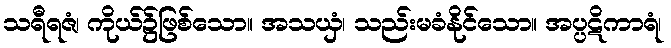
သရီရဇံ၊ ကိုယ်၌ဖြစ်သော။ အသယှံ၊ သည်းမခံနိုင်သော။ အပ္ပဋိကာရံ၊